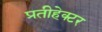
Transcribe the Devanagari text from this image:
प्रतीहेक्टर